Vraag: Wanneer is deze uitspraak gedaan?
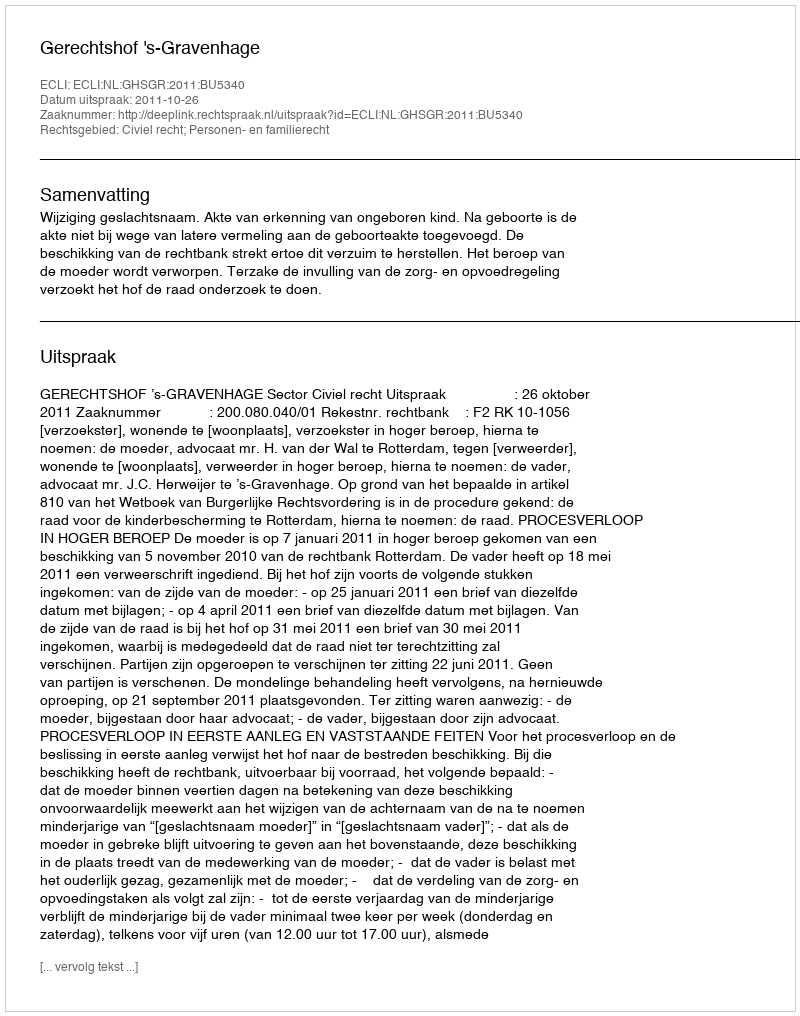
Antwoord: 2011-10-26